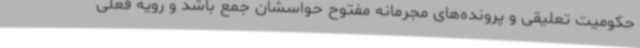
حکومیت تعلیقی و پرونده‌های مجرمانه مفتوح حواسشان جمع باشد و رویه فعلی